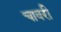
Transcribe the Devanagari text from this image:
चावरी